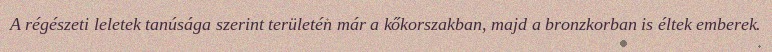
A régészeti leletek tanúsága szerint területén már a kőkorszakban, majd a bronzkorban is éltek emberek.